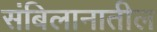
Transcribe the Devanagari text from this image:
संबिलानातील